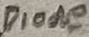
Text: Diode